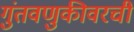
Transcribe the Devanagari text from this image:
गुंतवणुकीवरची